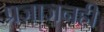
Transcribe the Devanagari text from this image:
प्रजाजनही